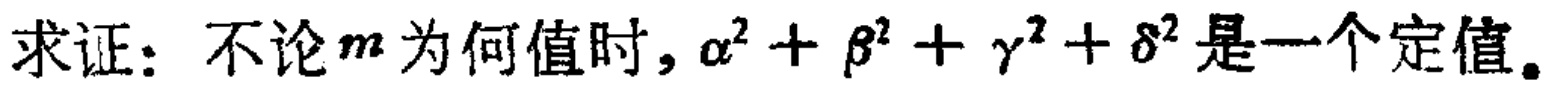
求证：不论\(m\)为何值时，\(\alpha^{2}+\beta^{2}+\gamma^{2}+\delta^{2}\)是一个定值。